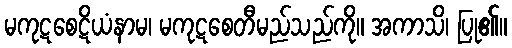
မကုဋစေဋိယံနာမ၊ မကုဋစေတီမည်သည်ကို။ အကာသိ၊ ပြု၏။